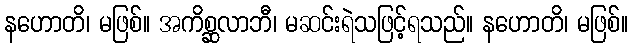
နဟောတိ၊ မဖြစ်။ အကိစ္ဆလာဘီ၊ မဆင်းရဲသဖြင့်ရသည်။ နဟောတိ၊ မဖြစ်။